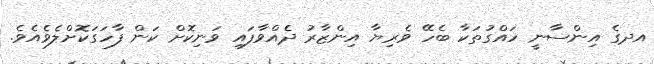
އދގެ އިންސާނީ ހައްގުތަކާ ބެހޭ ވެރިޔާ އިންޒާރު ދެއްވާފައި ވަނިކޮށް ކަން ފާހަގަކޮށްލެވެއެވެ.